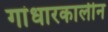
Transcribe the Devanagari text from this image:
गांधारकालीन